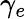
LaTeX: \gamma_{e}